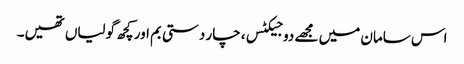
اس سامان میں مجھے دو جیکٹس، چار دستی بم اور کچھ گولیاں تھیں۔